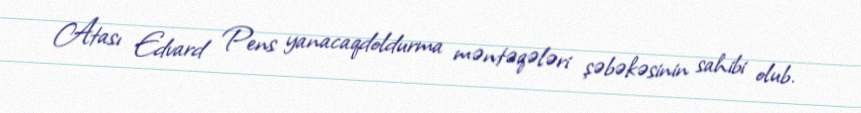
Atası Edvard Pens yanacaqdoldurma məntəqələri şəbəkəsinin sahibi olub.